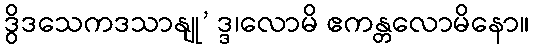
ဒွိဒသေကဒသာနျု’ ဒ္ဒ၊လောမိ ဧကန္တလောမိနော။